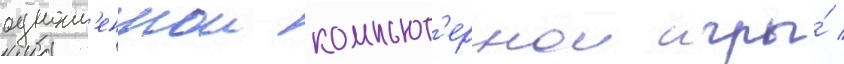
одноим'еннои компьют'ернои игры́ /